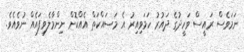
ނަމަވެސް ރައީސް ވަހީދުގެ ދައުރު ހަމަވިއިރު އެ މަސައްކަތް އެއްކޮށް ނިންމާލެވިފައެއް ނުވެއެވެ.